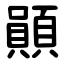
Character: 䫟